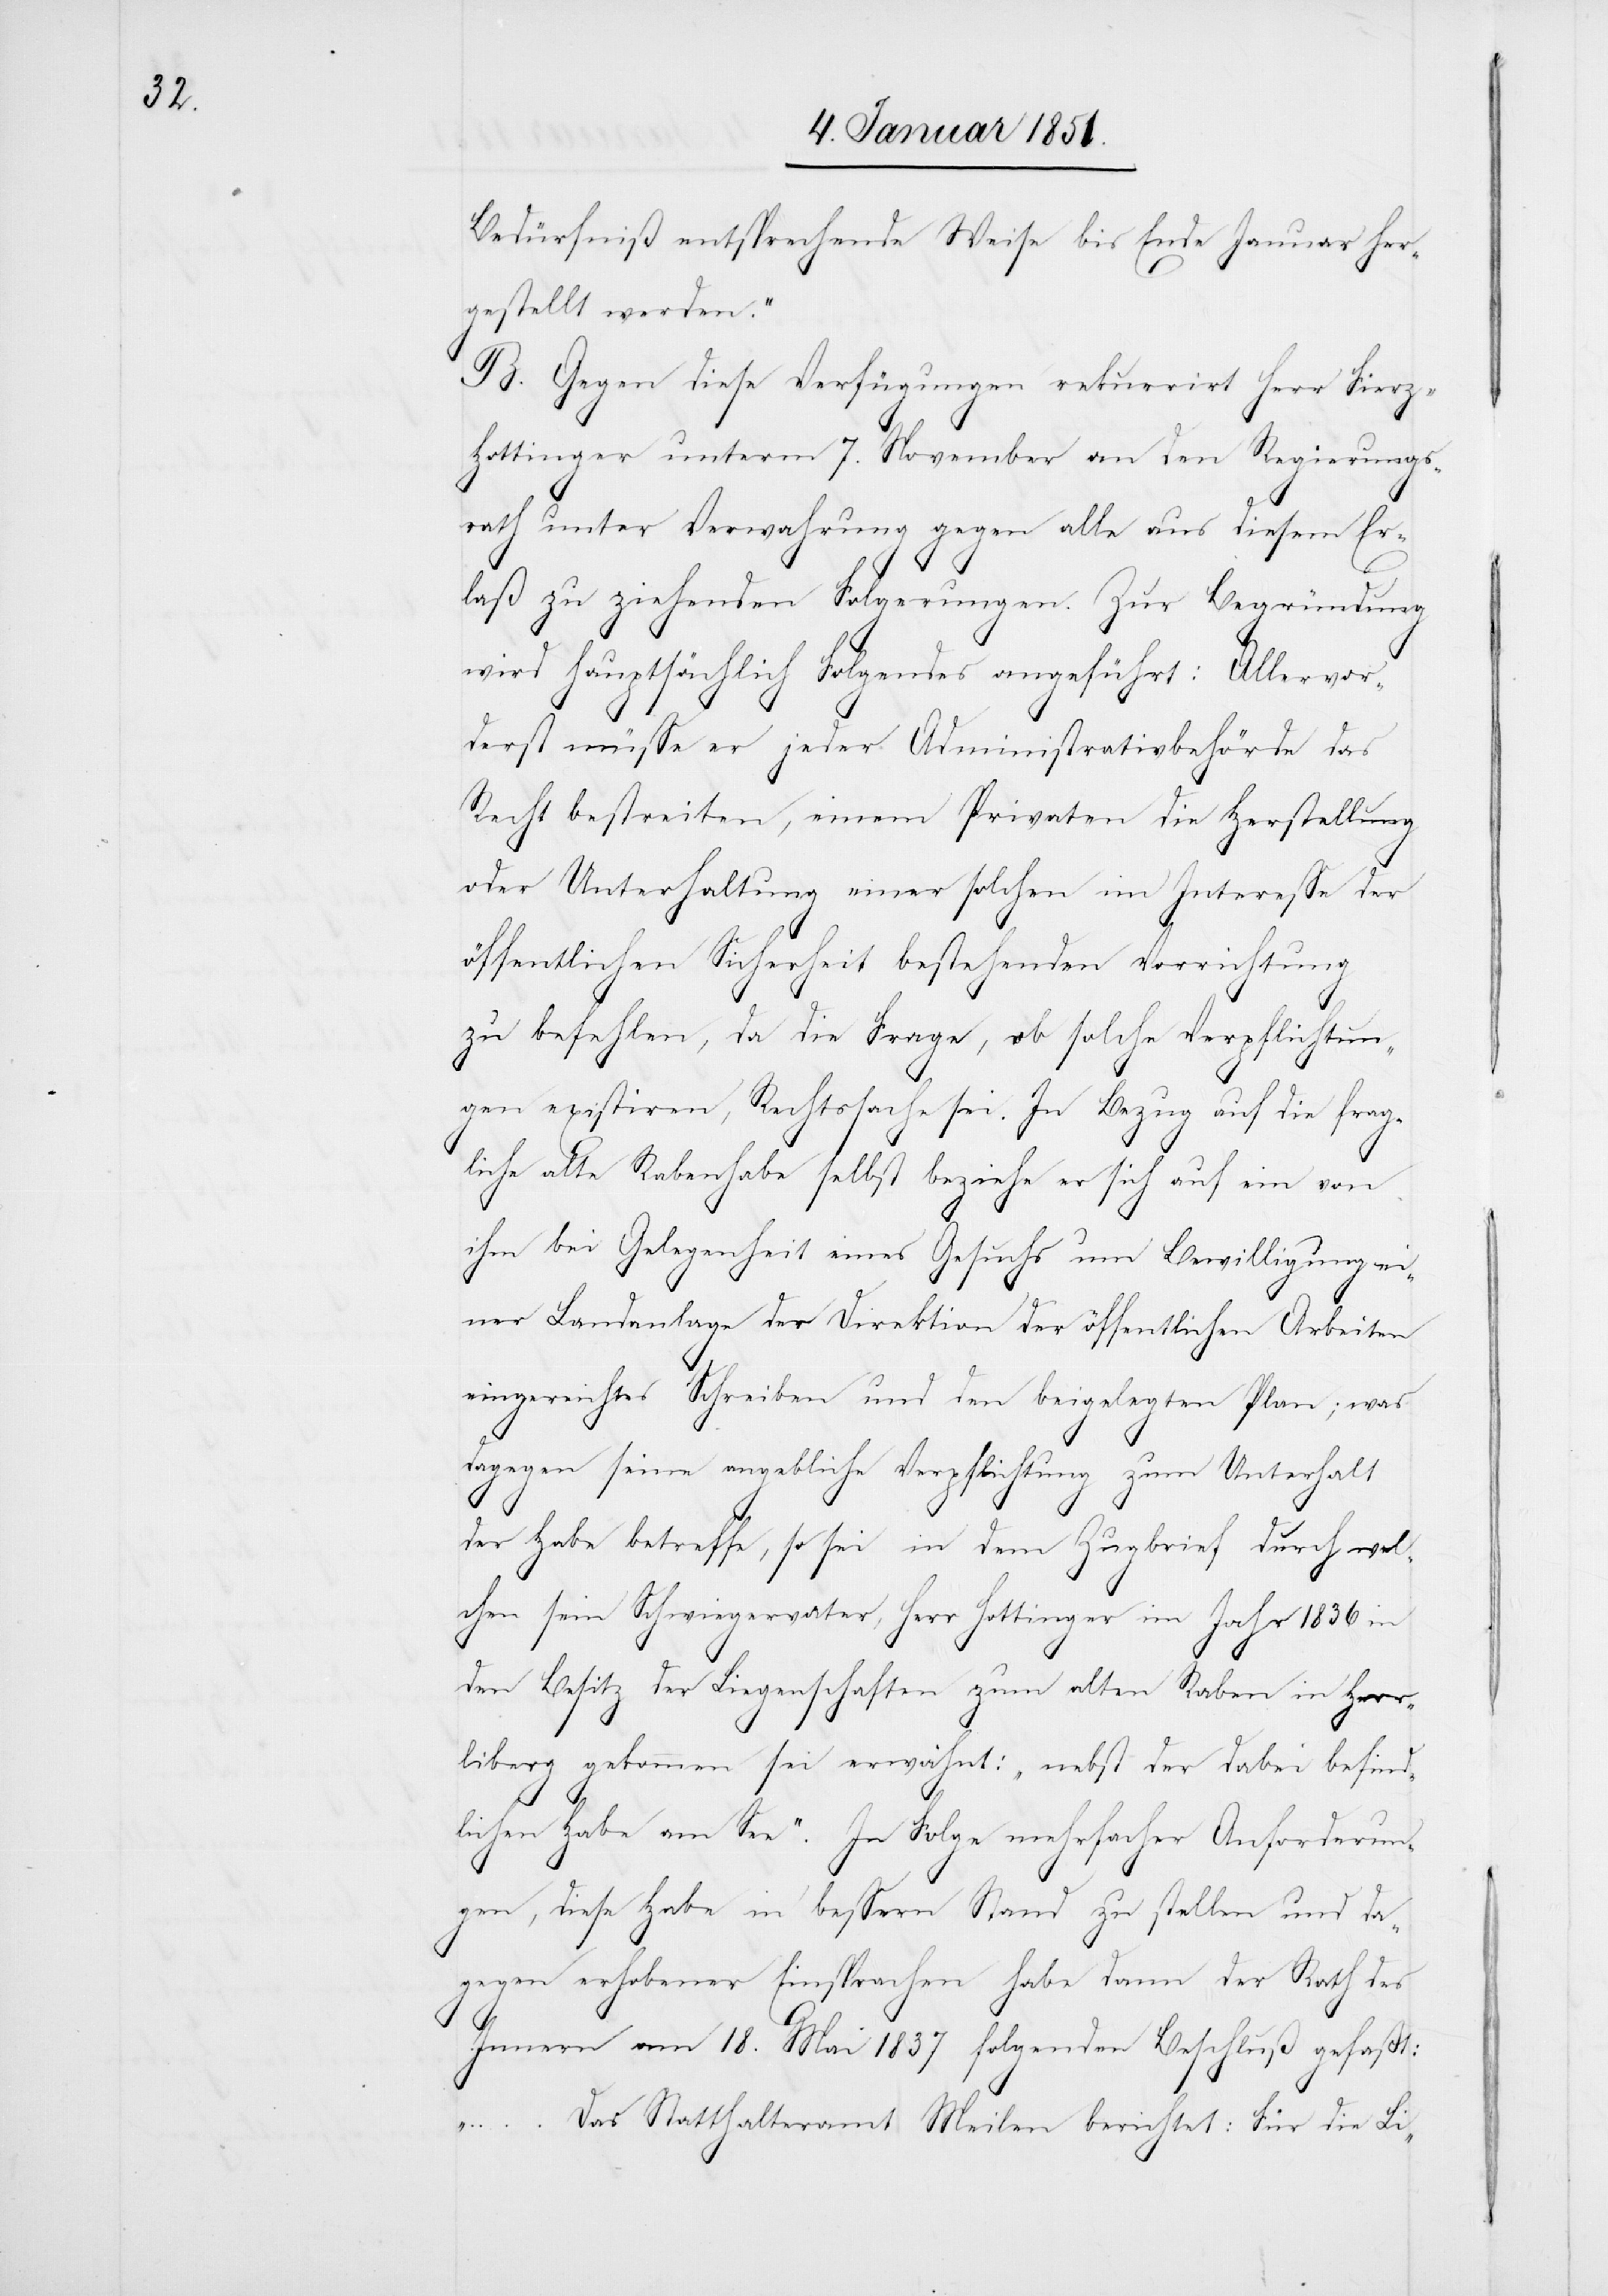
Bedürfniß entsprechende Weise bis Ende Januar her¬
gestellt werden.“
B. Gegen diese Verfügungen rekurrirt Herr Fier¬
z-Hottinger unterm 7. November an den Regierungs¬
rath unter Verwahrung gegen alle aus diesem Er¬
laß zu ziehenden Folgerungen. Zur Begründung
wird hauptsächlich Folgendes angeführt: Allervor¬
derst müsse er jeder Administrativbehörde das
Recht bestreiten, einem Privaten die Herstellung
oder Unterhaltung einer solchen im Interesse der
öffentlichen Sicherheit bestehenden Vorrichtung
zu befehlen, da die Frage, ob solche Verpflichtun¬
gen existiren, Rechtssache sei. In Bezug auf die frag¬
liche alte Rabenhabe selbst beziehe er sich auf ein von
ihm bei Gelegenheit eines Gesuchs um Bewilligung ei¬
ner Landanlage der Direktion der öffentlichen Arbeiten
eingereichtes Schreiben und den beigelegten Plan; was
dagegen seine angebliche Verpflichtung zum Unterhalt
der Habe betreffe, so sei in dem Zugbrief durch wel¬
chen sein Schwiegervater, Herr Hottinger im Jahr 1836 in
den Besitz der Liegenschaften zum alten Raben in Herr¬
liberg gekommen sei erwähnt: „nebst der dabei befind¬
lichen Habe am See“. In Folge mehrfacher Anforderun¬
gen, diese Habe in bessern Stand zu stellen und da¬
gegen erhobener Einsprachen habe dann der Rath des
Innern am 18. Mai 1837 folgenden Beschluß gefaßt:
„…Das Statthalteramt Meilen berichtet: Für die Li-